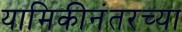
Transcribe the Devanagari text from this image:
यामिकीनंतरच्या